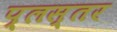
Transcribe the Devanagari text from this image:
प्लस्तर